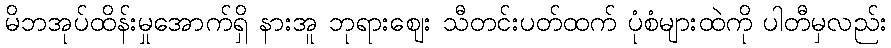
မိဘအုပ်ထိန်းမှုအောက်ရှိ နားအူ ဘုရားဈေး သီတင်းပတ်ထက် ပုံစံများထဲကို ပါတီမှလည်း